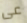
عى